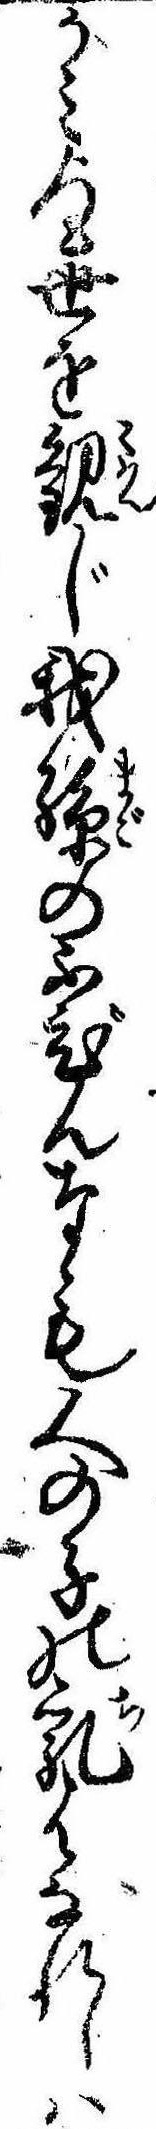
かみ世を観じ我孫のふびんなも人の子の乳ばなれしは